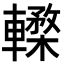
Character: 𨎸